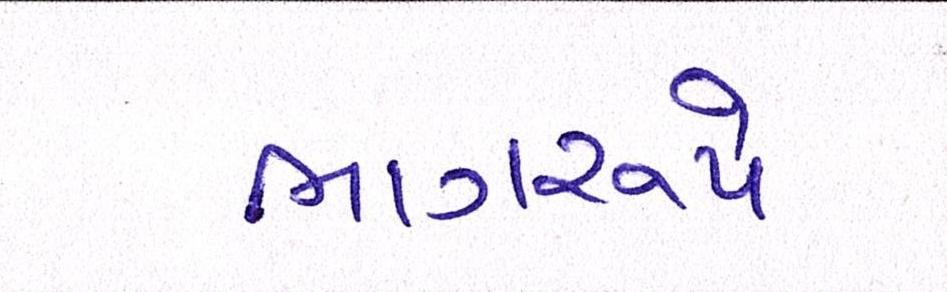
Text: ભાગરૂપે